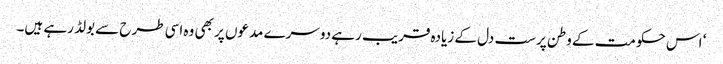
‘ اس حکومت کے وطن پرست دل کے زیادہ قریب رہے دوسرے مدعوں پر بھی وہ اسی طرح سے بولڈ رہے ہیں۔